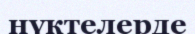
нүктелерде